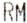
RM